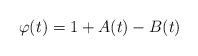
\begin{align*}\varphi(t)=1+A(t)-B(t)\end{align*}